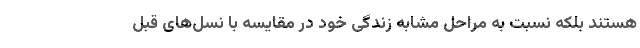
هستند بلکه نسبت به مراحل مشابه زندگی خود در مقایسه با نسل‌های قبل